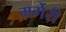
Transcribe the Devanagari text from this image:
मर्गेरी